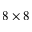
8 \times 8